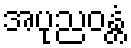
အပုညဝန္တံ